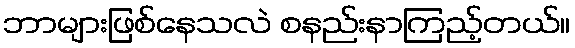
ဘာများဖြစ်နေသလဲ စနည်းနာကြည့်တယ်။